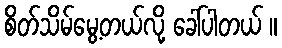
စိတ်သိမ်မွေ့တယ်လို့ ခေါ်ပါတယ် ။